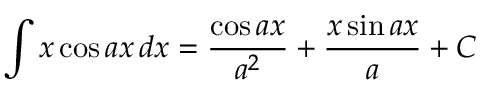
\int x \cos a x \, d x = { \frac { \cos a x } { a ^ { 2 } } } + { \frac { x \sin a x } { a } } + C